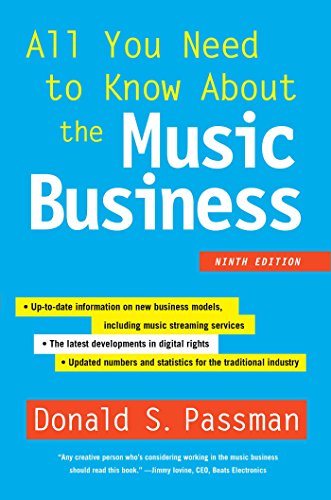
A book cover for All You Need to Know About the Music Business: Ninth Edition; Donald S. Passman; Arts & Photography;